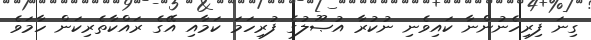
ގިނަ ފިރިހެނުންނާ ކައިވެނި ނުކުރާ އުޞޫލުގެ ފުރިހަމަ ކަމާއި އޭގެ ރައްކާތެރިކަން ހާމަވެ